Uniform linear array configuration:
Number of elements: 32
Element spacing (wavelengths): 1
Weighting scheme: kaiser
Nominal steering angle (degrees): -30
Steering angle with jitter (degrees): -29.713
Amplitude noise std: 0.05
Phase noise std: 0.05

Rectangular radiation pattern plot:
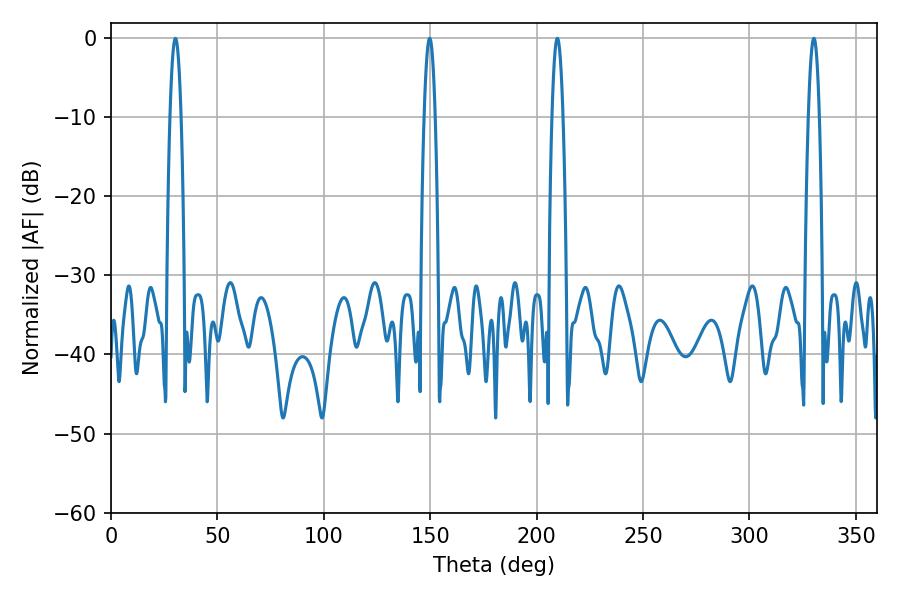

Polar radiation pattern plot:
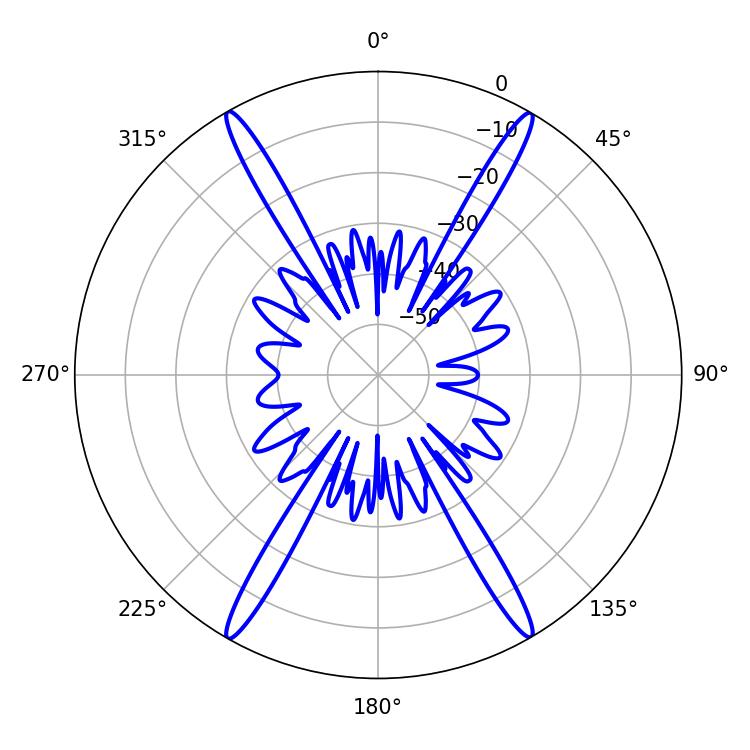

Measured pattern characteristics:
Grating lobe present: TRUE
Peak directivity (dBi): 32.335
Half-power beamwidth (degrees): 2.88
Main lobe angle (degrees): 149.76